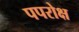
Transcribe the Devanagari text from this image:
पपरोक्ष